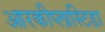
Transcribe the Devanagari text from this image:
आरकीप्लास्टिडा